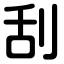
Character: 刮